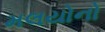
મલયોનો